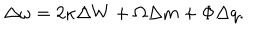
\Delta \omega = 2 \kappa \Delta W + \Omega \Delta m + \Phi \Delta q .